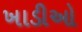
ખાડીઓ